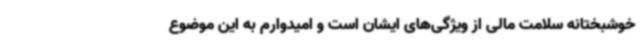
خوشبختانه سلامت مالی از ویژگی‌های ایشان است و امیدوارم به این موضوع